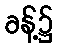
ခန့်၌